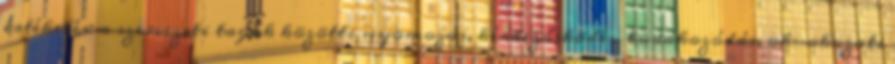
értékelés: a szervezeti tagok közötti nyomozás, kérdezősködés, tudakozódás, ok-okozati